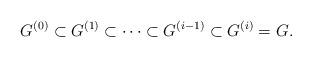
LaTeX: \begin{align*}G^{(0)}\subset G^{(1)}\subset\cdots \subset G^{(i-1)}\subset G^{(i)}=G.\end{align*}